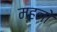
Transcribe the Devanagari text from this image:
म्हनो